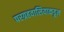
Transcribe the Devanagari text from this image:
परग्रहवासियाकडून